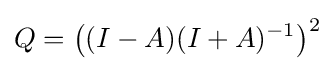
Q={\bigl (}(I-A)(I+A)^{-1}{\bigr )}^{2}